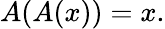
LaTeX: A(A(x))=x.